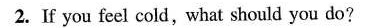
2.If you feel cold,what should you do?